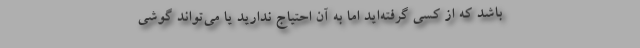
باشد که از کسی گرفته‌اید اما به آن احتیاج ندارید یا می‌تواند گوشی